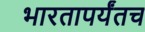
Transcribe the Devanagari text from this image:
भारतापर्यंतच